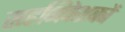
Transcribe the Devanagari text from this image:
सहनिवेशकों